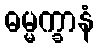
ဓမ္မက္ခာနံ